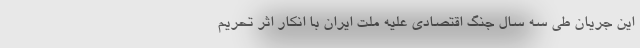
این جریان طی سه سال جنگ اقتصادی علیه ملت ایران با انکار اثر تحریم